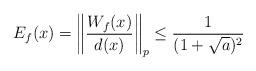
LaTeX: \begin{align*} E_f(x) = \left\| \frac{W_f(x)}{d(x)} \right\|_p \le \frac{1}{(1 + \sqrt a )^2} \end{align*}